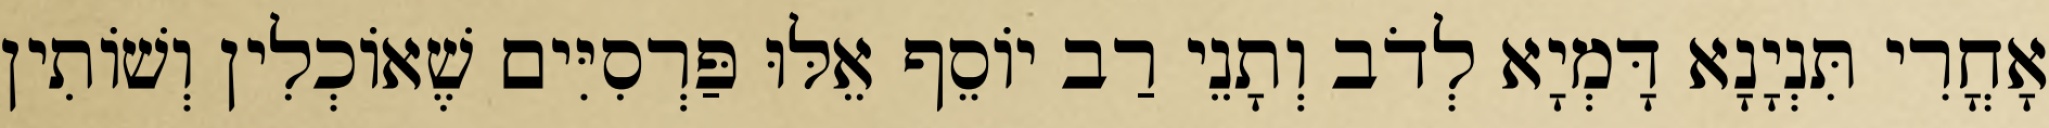
אָחֳרִי תִּנְיָנָא דָּמְיָא לְדֹב וְתָנֵי רַב יוֹסֵף אֵלּוּ פַּרְסִיִּים שֶׁאוֹכְלִין וְשׁוֹתִין